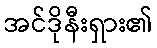
အင်ဒိုနီးရှား၏